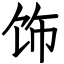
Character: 饰